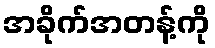
အခိုက်အတန့်ကို